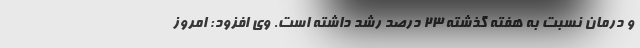
و درمان نسبت به هفته گذشته 23 درصد رشد داشته است. وی افزود: امروز